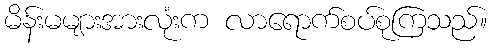
မိန်းမများအားလုံးက လာရောက်စပ်စုကြသည်။